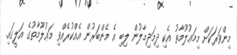
މިންވަރަކަށް މިމަޢުލޫމާތު އެކި ދިމަދިމާލުން ލިބި އެ މެންބަރުން އެއްކުރެއްވި މަޢުލޫމާތުގެ އަލީގައި.